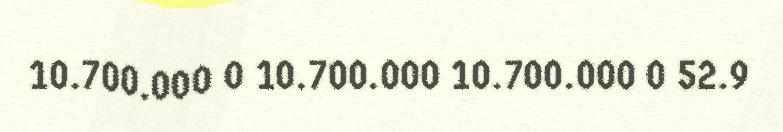
10.700.000 0 10.700.000 10.700.000 0 52.9